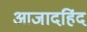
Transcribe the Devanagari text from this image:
आजादहिंद